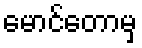
မောင်တောမှ